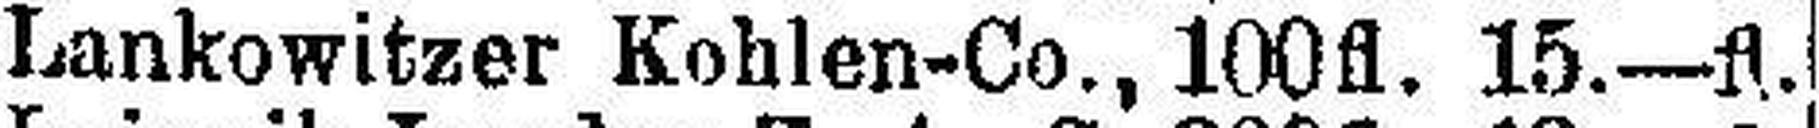
Lankowitzer Kohlen-Co., 100fl. 15.—fl.